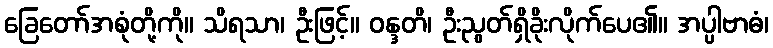
ခြေတော်အစုံတို့ကို။ သိရသာ၊ ဦးဖြင့်။ ဝန္ဒတိ၊ ဦးညွတ်ရှိခိုးလိုက်ပေ၏။ အပ္ပါဗာဓံ၊